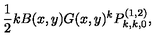
\frac { 1 } { 2 } k B ( x , y ) G ( x , y ) ^ { k } P _ { k , k , 0 } ^ { ( 1 , 2 ) } ,